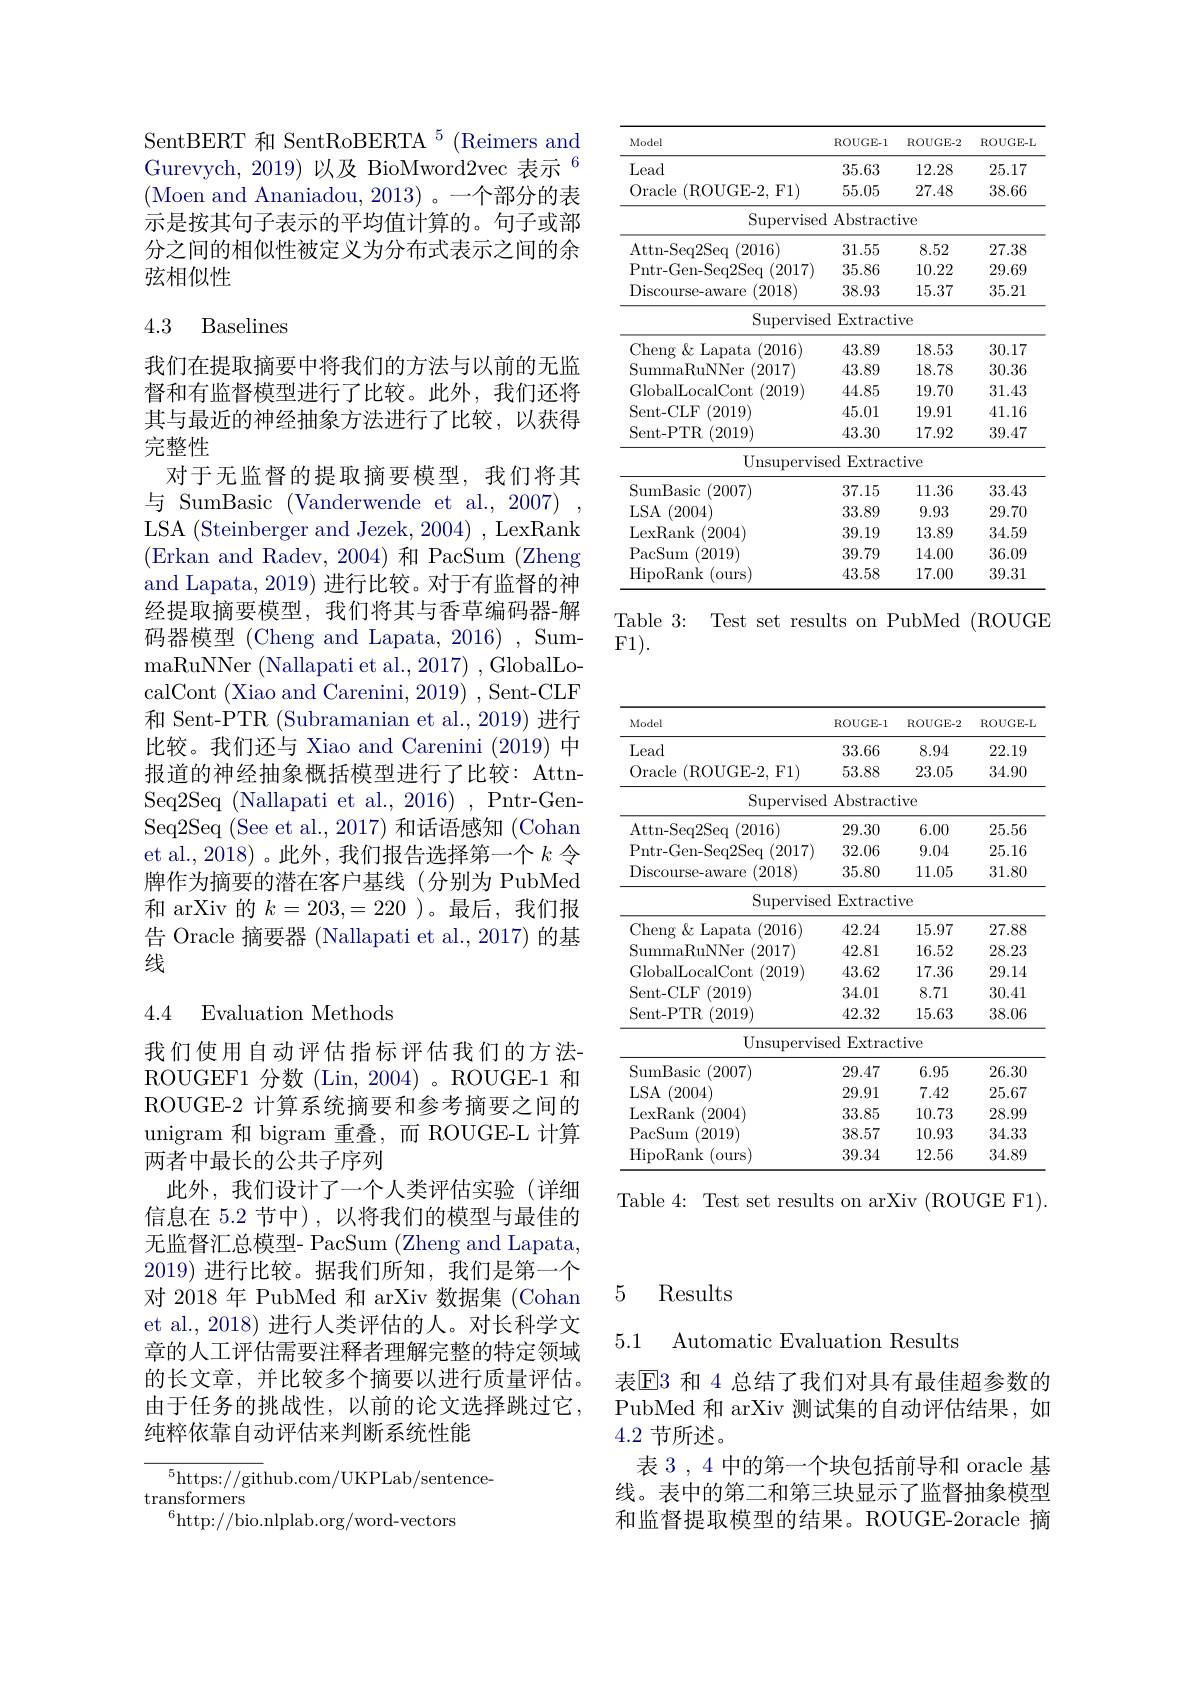
SentBERT 和 SentRoBERTA $^5$ (Reimers and Gurevych, 2019) 以及 BioMword$2\text{vec 表示}^6$ (Moen and Ananiadou, 2013)。一个部分的表示是按其句子表示的平均值计算的。句子或部分之间的相似性被定义为分布式表示之间的余弦相似性

# 4.3 Baselines

我们在提取摘要中将我们的方法与以前的无监督和有监督模型进行了比较。此外，我们还将其与最近的神经抽象方法进行了比较，以获得完整性
对于无监督的提取摘要模型，我们将其与 SumBasic (Vanderwende et al.,2007) LSA (Steinberger and Jezek, 2004) , LexRank (Erkan and Radev, 2004)和 PacSum (Zheng and Lapata, 2019) 进行比较。对于有监督的神经提取摘要模型，我们将其与香草编码器-解码器模型 (Cheng and Lapata, 2016) , SummaRuNNer ( Nallapati et al. , 2017) , GlobalLo- calCont (Xiao and Carenini, 2019) , Sent-CLF 和 Sent-PTR (Subramanian et al., 2019) 进行比较。我们还与 Xiao and Carenini (2019) 中报道的神经抽象概括模型进行了比较：AttnSeq2Seq (Nallapati et al., 2016) , Pntr-GenSeq2Seq (See et al., 2017) 和话语感知 (Cohan et al., 2018) 。此外，我们报告选择第一个$k$令牌作为摘要的潜在客户基线(分别为 PubMed 和 arXiv 的$k=203,=220$ )。最后 ,我们报告 Oracle 摘要器 (Nallapati et al., 2017) 的基线

### 4.4 Evaluation Methods

我们使用自动评估指标评估我们的方法ROUGEF1 分数 (Lin, 2004)。ROUGE-1 和ROUGE-2 计算系统摘要和参考摘要之间的unigram 和 bigram 重叠，而 ROUGE-L 计算两者中最长的公共子序列
此外，我们设计了一个人类评估实验(详细信息在 5.2 节中),以将我们的模型与最佳的无监督汇总模型- PacSum (Zheng and Lapata, 2019)进行比较。据我们所知，我们是第一个对 2018 年 PubMed 和 arXiv 数据集 (Cohan et al., 2018) 进行人类评估的人。对长科学文章的人工评估需要注释者理解完整的特定领域的长文章，并比较多个摘要以进行质量评估。由于任务的挑战性，以前的论文选择跳过它， 纯粹依靠自动评估来判断系统性能

${{^5}\mathrm{https:}//\mathrm{git}}$hub.com/UKPLab/sentence-
transformers
$^{6}$http://bio.nlplab.org/word-vectors

<table>
	<tbody>
		<tr>
			<th>Model</th>
			<th>ROUGE-1</th>
			<th>ROUGE-2</th>
			<th>$\operatorname{ROUGE-I}$</th>
		</tr>
		<tr>
			<td>Lead</td>
			<td>35.63</td>
			<td>12.28</td>
			<td>25.17</td>
		</tr>
		<tr>
			<td>Oracle ${\mathrm{e~(ROUGE-2,~F1)}}$</td>
			<td>55.05</td>
			<td>27.48</td>
			<td>38.66</td>
		</tr>
		<tr>
			<td>$\operatorname{Supervised}$</td>
			<td>Abstract</td>
			<td>ive</td>
			<td> </td>
		</tr>
		<tr>
			<td>Attn- Seq2Seq 1(2016)</td>
			<td>31.55</td>
			<td>8.52</td>
			<td>27.38</td>
		</tr>
		<tr>
			<td>Pntr- Gen- Seq2Seq ( 2017) </td>
			<td>35.86</td>
			<td>10.22</td>
			<td>29.69</td>
		</tr>
		<tr>
			<td>${\mathrm{Discourse-aware~}}(2018)$</td>
			<td>38.93</td>
			<td>15.37</td>
			<td>35.21</td>
		</tr>
		<tr>
			<td>$\operatorname{Supervisec}$</td>
			<td>$\operatorname{Extract}$</td>
			<td>$.Ve$</td>
			<td> </td>
		</tr>
		<tr>
			<td>Cheng $\&$ Lapata (2016)</td>
			<td>43.89</td>
			<td>18.53</td>
			<td>30.17</td>
		</tr>
		<tr>
			<td>SummaRuNNer (2017)</td>
			<td>43.89</td>
			<td>18.78</td>
			<td>30.36</td>
		</tr>
		<tr>
			<td>GlobalLocalCont (2019)</td>
			<td>44.85</td>
			<td>19.70</td>
			<td>31.43</td>
		</tr>
		<tr>
			<td>Sent- CLF (2019)</td>
			<td>45.01</td>
			<td>19.91</td>
			<td>41.16</td>
		</tr>
		<tr>
			<td>Sent-PTR (2019)</td>
			<td>43.30</td>
			<td>17.92</td>
			<td>39.47</td>
		</tr>
		<tr>
			<td>Unsupervise</td>
			<td>d Extrac</td>
			<td>tive</td>
			<td> </td>
		</tr>
		<tr>
			<td>SumBasic (2007) </td>
			<td>37.15</td>
			<td>11.36</td>
			<td>33.43</td>
		</tr>
		<tr>
			<td>$LSA$ (2004)</td>
			<td>33.89</td>
			<td>9.93</td>
			<td>29.70</td>
		</tr>
		<tr>
			<td>LexRank (2004)</td>
			<td>39.19</td>
			<td>13.89</td>
			<td>34.59</td>
		</tr>
		<tr>
			<td>PacSum (2019)</td>
			<td>39.79</td>
			<td>14.00</td>
			<td>36.09</td>
		</tr>
		<tr>
			<td>HipoRank (ours)</td>
			<td>43.58</td>
			<td>17.00</td>
			<td>39.31</td>
		</tr>
	</tbody>
</table>
Table 3: Test set results on PubMed (ROUGE

F1).

<table>
	<tbody>
		<tr>
			<th>Model</th>
			<th>ROUGE-1</th>
			<th>ROUGE-2</th>
			<th>$\operatorname{ROUGE-L}$</th>
		</tr>
		<tr>
			<td>Lead</td>
			<td>33.66</td>
			<td>8.94</td>
			<td>22.19</td>
		</tr>
		<tr>
			<td>Oracle ${\mathrm{e~(ROUGE-2,~F1)}}$</td>
			<td>53.88</td>
			<td>23.05</td>
			<td>34.90</td>
		</tr>
		<tr>
			<td>$\operatorname{Supervised}$</td>
			<td>Abstract</td>
			<td>ive</td>
			<td> </td>
		</tr>
		<tr>
			<td>Attn- Seq2Seq 1(2016)</td>
			<td>29.30</td>
			<td>6.00</td>
			<td>25.56</td>
		</tr>
		<tr>
			<td>Pntr- Gen- Seq2Seq (2017)</td>
			<td>32.06</td>
			<td>9.04</td>
			<td>25.16</td>
		</tr>
		<tr>
			<td>${\mathrm{Discourse-aware~}}(2018)$</td>
			<td>35.80</td>
			<td>11.05</td>
			<td>31.80</td>
		</tr>
		<tr>
			<td>Supervised</td>
			<td>$\operatorname{Extract}\mathbf{i}$</td>
			<td>$.Ve$</td>
			<td> </td>
		</tr>
		<tr>
			<td>Cheng $g\not\in\&$Lapata (2016</td>
			<td>42.24</td>
			<td>15.97</td>
			<td>27.88</td>
		</tr>
		<tr>
			<td>SummaRuNNer r(2017)</td>
			<td>42.81</td>
			<td>16.52</td>
			<td>28.23</td>
		</tr>
		<tr>
			<td>GlobalLocalCont 2019)</td>
			<td>43.62</td>
			<td>17.36</td>
			<td>29.14</td>
		</tr>
		<tr>
			<td>Sent- CLF (2019)</td>
			<td>34.01</td>
			<td>8.71</td>
			<td>30.41</td>
		</tr>
		<tr>
			<td>Sent-PTR (2019)</td>
			<td>42.32</td>
			<td>15.63</td>
			<td>38.06</td>
		</tr>
		<tr>
			<td>Unsupervise</td>
			<td>d Extrac</td>
			<td>tive</td>
			<td> </td>
		</tr>
		<tr>
			<td>SumBasic (2007)</td>
			<td>29.47</td>
			<td>6.95</td>
			<td>26.30</td>
		</tr>
		<tr>
			<td>(2004) $LSA$</td>
			<td>29.91</td>
			<td>7.42</td>
			<td>25.67</td>
		</tr>
		<tr>
			<td>LexRank (2004)</td>
			<td>33.85</td>
			<td>10.73</td>
			<td>28.99</td>
		</tr>
		<tr>
			<td>PacSum (2019)</td>
			<td>38.57</td>
			<td>10.93</td>
			<td>34.33</td>
		</tr>
		<tr>
			<td>HipoRank (ours)</td>
			<td>39.34</td>
			<td>12.56</td>
			<td>34.89</td>
		</tr>
	</tbody>
</table>

Table 4: Test set results on arXiv (ROUGE F1).

## 5 Results

5.1 Automatic Evaluation Results

表$\mathbb{E}$3 和 4 总结了我们对具有最佳超参数的PubMed 和 arXiv 测试集的自动评估结果，如4.2节所述。
表 3 , 4 中的第一个块包括前导和 oracle 基线。表中的第二和第三块显示了监督抽象模型和监督提取模型的结果。ROUGE-2oracle 摘